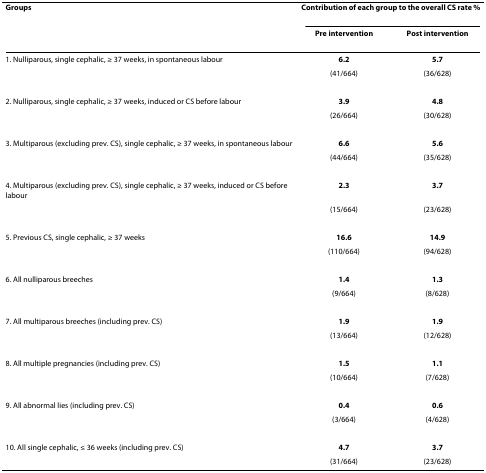
<table><thead><tr><td><b>Groups</b></td><td colspan="2"><b>Contribution of each group to the overall CS rate %</b></td></tr><tr><td></td><td><b>Pre intervention</b></td><td><b>Post intervention</b></td></tr></thead><tbody><tr><td>1. Nulliparous, single cephalic, ≥ 37 weeks, in spontaneous labour</td><td><b>6.2</b></td><td><b>5.7</b></td></tr><tr><td></td><td>(41/664)</td><td>(36/628)</td></tr><tr><td>2. Nulliparous, single cephalic, ≥ 37 weeks, induced or CS before labour</td><td><b>3.9</b></td><td><b>4.8</b></td></tr><tr><td></td><td>(26/664)</td><td>(30/628)</td></tr><tr><td>3. Multiparous (excluding prev. CS), single cephalic, ≥ 37 weeks, in spontaneous labour</td><td><b>6.6</b></td><td><b>5.6</b></td></tr><tr><td></td><td>(44/664)</td><td>(35/628)</td></tr><tr><td>4. Multiparous (excluding prev. CS), single cephalic, ≥ 37 weeks, induced or CS before labour</td><td><b>2.3</b></td><td><b>3.7</b></td></tr><tr><td></td><td>(15/664)</td><td>(23/628)</td></tr><tr><td>5. Previous CS, single cephalic, ≥ 37 weeks</td><td><b>16.6</b></td><td><b>14.9</b></td></tr><tr><td></td><td>(110/664)</td><td>(94/628)</td></tr><tr><td>6. All nulliparous breeches</td><td><b>1.4</b></td><td><b>1.3</b></td></tr><tr><td></td><td>(9/664)</td><td>(8/628)</td></tr><tr><td>7. All multiparous breeches (including prev. CS)</td><td><b>1.9</b></td><td><b>1.9</b></td></tr><tr><td></td><td>(13/664)</td><td>(12/628)</td></tr><tr><td>8. All multiple pregnancies (including prev. CS)</td><td><b>1.5</b></td><td><b>1.1</b></td></tr><tr><td></td><td>(10/664)</td><td>(7/628)</td></tr><tr><td>9. All abnormal lies (including prev. CS)</td><td><b>0.4</b></td><td><b>0.6</b></td></tr><tr><td></td><td>(3/664)</td><td>(4/628)</td></tr><tr><td>10. All single cephalic, ≤ 36 weeks (including prev. CS)</td><td><b>4.7</b></td><td><b>3.7</b></td></tr><tr><td></td><td>(31/664)</td><td>(23/628)</td></tr></tbody></table>